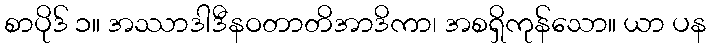
စာပိုဒ် ၁။ အဿာဒါဒီနဝတာတိအာဒိကာ၊ အစရှိကုန်သော။ ယာ ပန